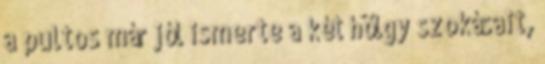
a pultos már jól ismerte a két hölgy szokásait,